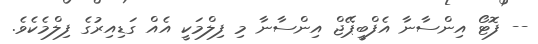
-- ފޮޓޯ އިންސާނާ އެފްބީޕޭޖް އިންސާނާ މި ފިލްމަކީ އެއް ގަޑިއިރުގެ ފިލްމެކެވެ.